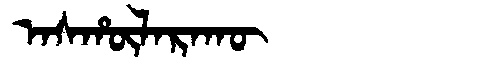
Manchu: ᠠᠰᡥᡡᠯᠠᡵᠠᡴᡡ
Romanization: ASHŪLARAKŪ